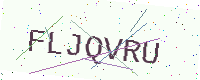
Text: FLJQVRU